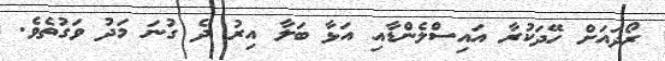
ރޯދައަށް ހޭދަކުރާ އައިސްލެންޑާއި އަޅާ ބަލާ އިރު ދެ ގުނަ މަދު ވަގުތެވެ.